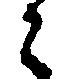
々